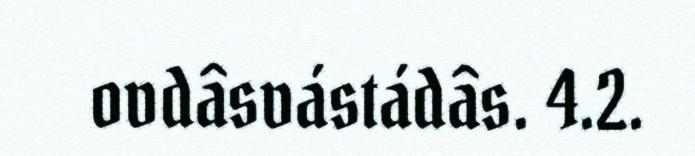
ovdâsvástádâs. 4.2.